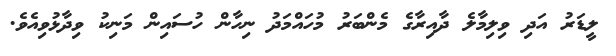
ލީޑަރު އަދި ވިލިމާލެ ދާއިރާގެ މެންބަރު މުހައްމަދު ނިހާން ހުސައިން މަނިކު ވިދާޅުވިއެވެ.